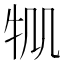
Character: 𤘷